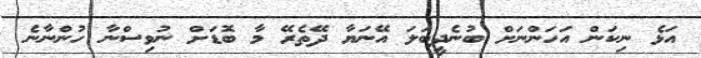
އަޅެ ނިކަން އަހަންނަށް ބުނެދީބަލަ އޭނަޔާ ދޭތެރޭ މާ ބޮޑަށް ނުވިސްނާ ހުންނާނެ